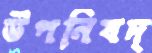
উপনিষদ্